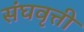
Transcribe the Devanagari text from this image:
संघवृत्ती